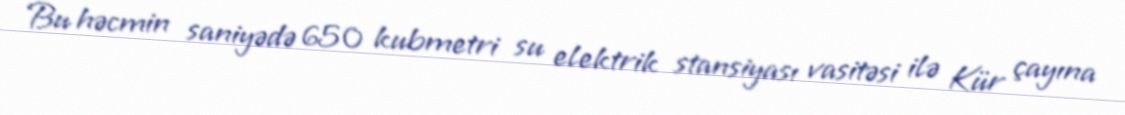
Bu həcmin saniyədə 650 kubmetri su elektrik stansiyası vasitəsi ilə Kür çayına